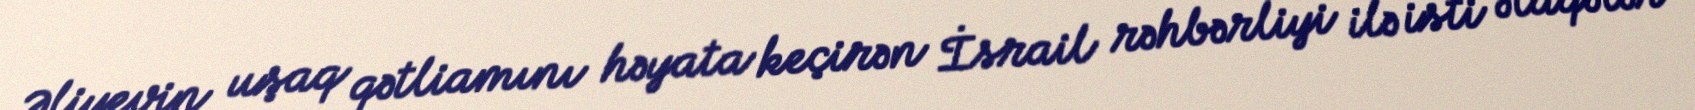
Əliyevin uşaq qətliamını həyata keçirən İsrail rəhbərliyi ilə isti əlaqələr